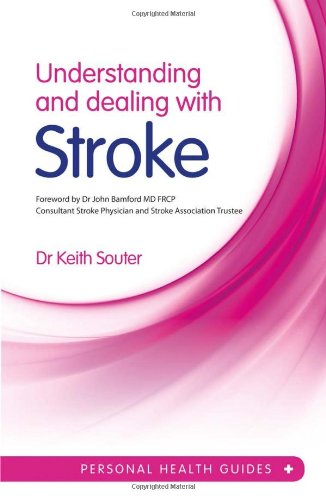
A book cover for Understanding and Dealing with Stroke (Personal Health Guides); Dr. Keith Souter; Health, Fitness & Dieting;